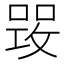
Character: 𠹣